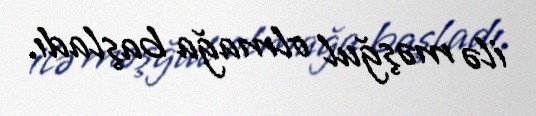
ilə məşğul olmağa başladı.